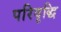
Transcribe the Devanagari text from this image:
परिवृद्धि